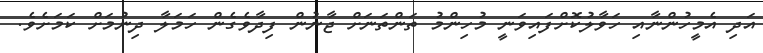
އަދި އެމީހުންނާއި ހަވާލުކޮށްފައިވަނީ މުހިންމު ތަންތަނަށް ޖާނުން ފިދާވެގެން ހަމަލާ ދިނުމަށް ކަމަށެވެ.